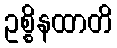
ဥစ္စိနထာတိ